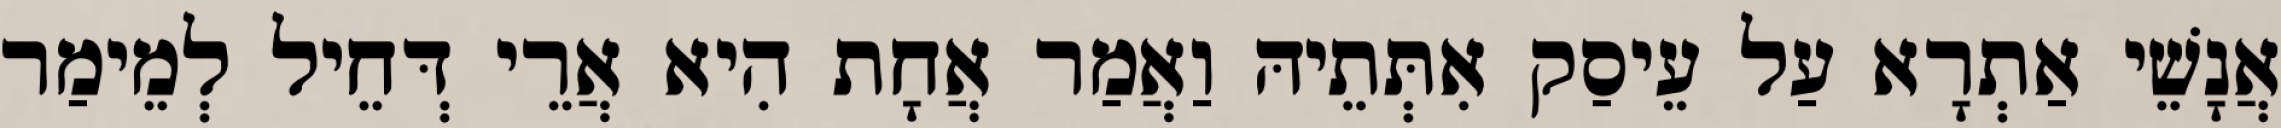
אֲנָשֵׁי אַתְרָא עַל עֵיסַק אִתְּתֵיהּ וַאֲמַר אֲחָת הִיא אֲרֵי דְּחֵיל לְמֵימַר